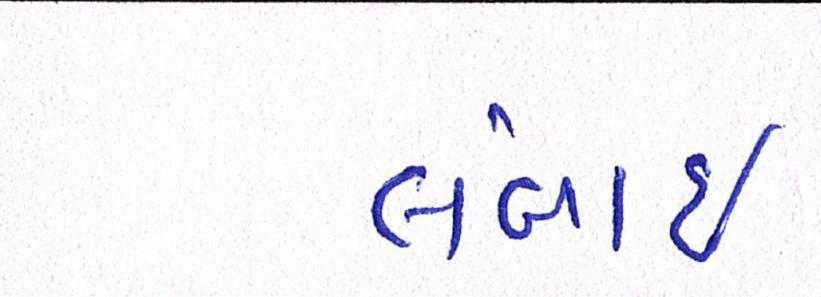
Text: લંબાઈ